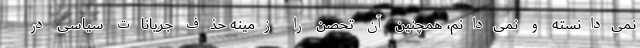
نمی‌دانسته و نمی‌دانم، همچنین آن تحصن را زمینه حذف جریانات سیاسی در